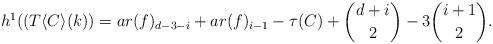
LaTeX: \begin{align*} h^1((T\langle C\rangle(k))=ar(f)_{d-3-i}+ar(f)_{i-1}-\tau(C)+{d+i \choose 2}-3{i+1 \choose 2}.\end{align*}